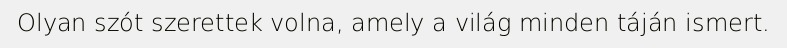
Olyan szót szerettek volna, amely a világ minden táján ismert.